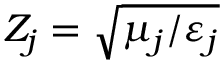
Z _ { j } = \sqrt { \mu _ { j } / \varepsilon _ { j } }